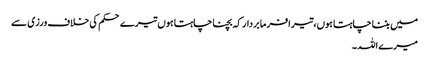
میں بننا چاہتا ہوں،تیرا فرما بردار کہ بچنا چاہتا ہوں تیرے حکم کی خلاف ورزی سے
میرے اللہ ۔